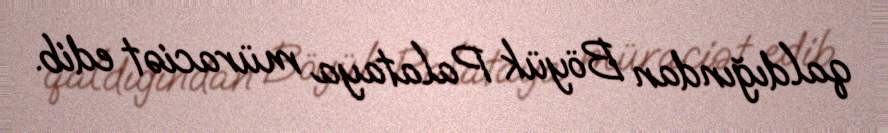
qaldığından Böyük Palataya müraciət edib.